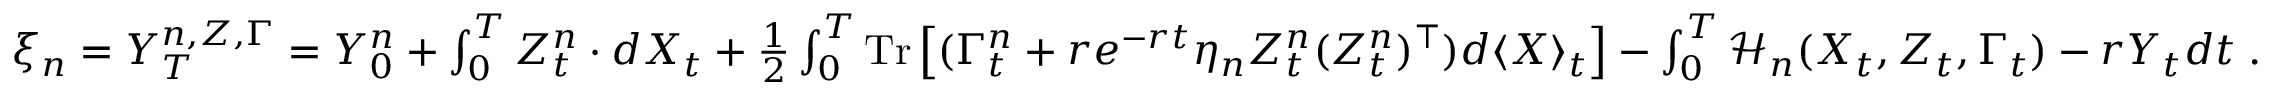
\begin{array} { r } { \xi _ { n } = Y _ { T } ^ { n , Z , \Gamma } = Y _ { 0 } ^ { n } + \int _ { 0 } ^ { T } Z _ { t } ^ { n } \cdot d X _ { t } + \frac 1 2 \int _ { 0 } ^ { T } \mathrm { T r } \left[ ( \Gamma _ { t } ^ { n } + r e ^ { - r t } \eta _ { n } Z _ { t } ^ { n } ( Z _ { t } ^ { n } ) ^ { \top } ) d \langle X \rangle _ { t } \right] - \int _ { 0 } ^ { T } \mathcal { H } _ { n } ( X _ { t } , Z _ { t } , \Gamma _ { t } ) - r Y _ { t } d t \; . } \end{array}